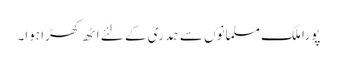
پورا ملک مسلمانوں سے ہمدری کے لئے اٹھ کھڑا ہوا۔